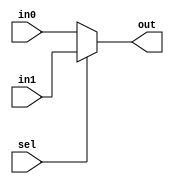
//all the required MUX's

//needed for conflict in IR-RB dest reg between AR and T type
module MUX4_2to1(in0, in1, sel, out);
   input [3:0]  in0, in1;
   input    sel;
   output [3:0] out;
   reg [3:0] out;


   always @(in0 or in1 or sel)
   begin
      if (sel == 1'b0) out = in0;
      else          out = in1;
   end


   //assign out = (sel)?in1:in0;

endmodule


//needed for conflict in IR-RB constant val between AR and T type
module MUX32_2to1(in0, in1, sel, out);
   input [31:0]  in0, in1;
   input    sel;
   output [31:0] out;
   reg [31:0] out;


   always @(in0 or in1 or sel)
   begin
      if (sel == 1'b0) out = in0;
      else          out = in1;
   end


    //assign out = (sel)?in1:in0;

endmodule